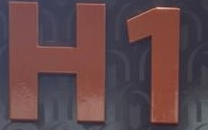
H1